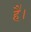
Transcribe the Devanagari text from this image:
है॑।